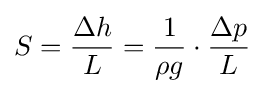
S={\frac {\Delta h}{L}}={\frac {1}{\rho g}}\cdot {\frac {\Delta p}{L}}